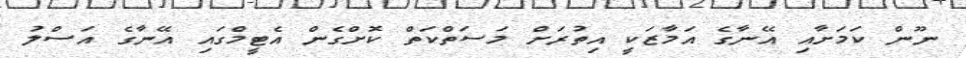
ނޫން ކަމަށާއި އޭނާގެ އަމާޒަކީ އިތުރަށް މަސަތްކަތް ކޮށްގެން އެޓީމްގައި އޭނާގެ އަސްލު